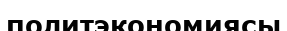
политэкономиясы